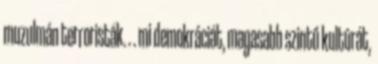
muzulmán terroristák. . . mi demokráciát, magasabb szintű kultúrát,